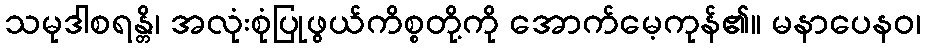
သမုဒါစရန္တိ၊ အလုံးစုံပြုဖွယ်ကိစ္စတို့ကို အောက်မေ့ကုန်၏။ မနာပေနဝ၊